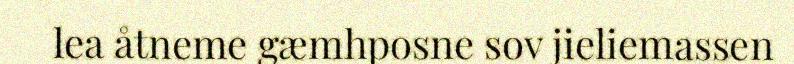
lea åtneme gæmhposne sov jieliemassen